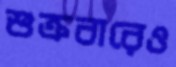
শুক্রবারেও